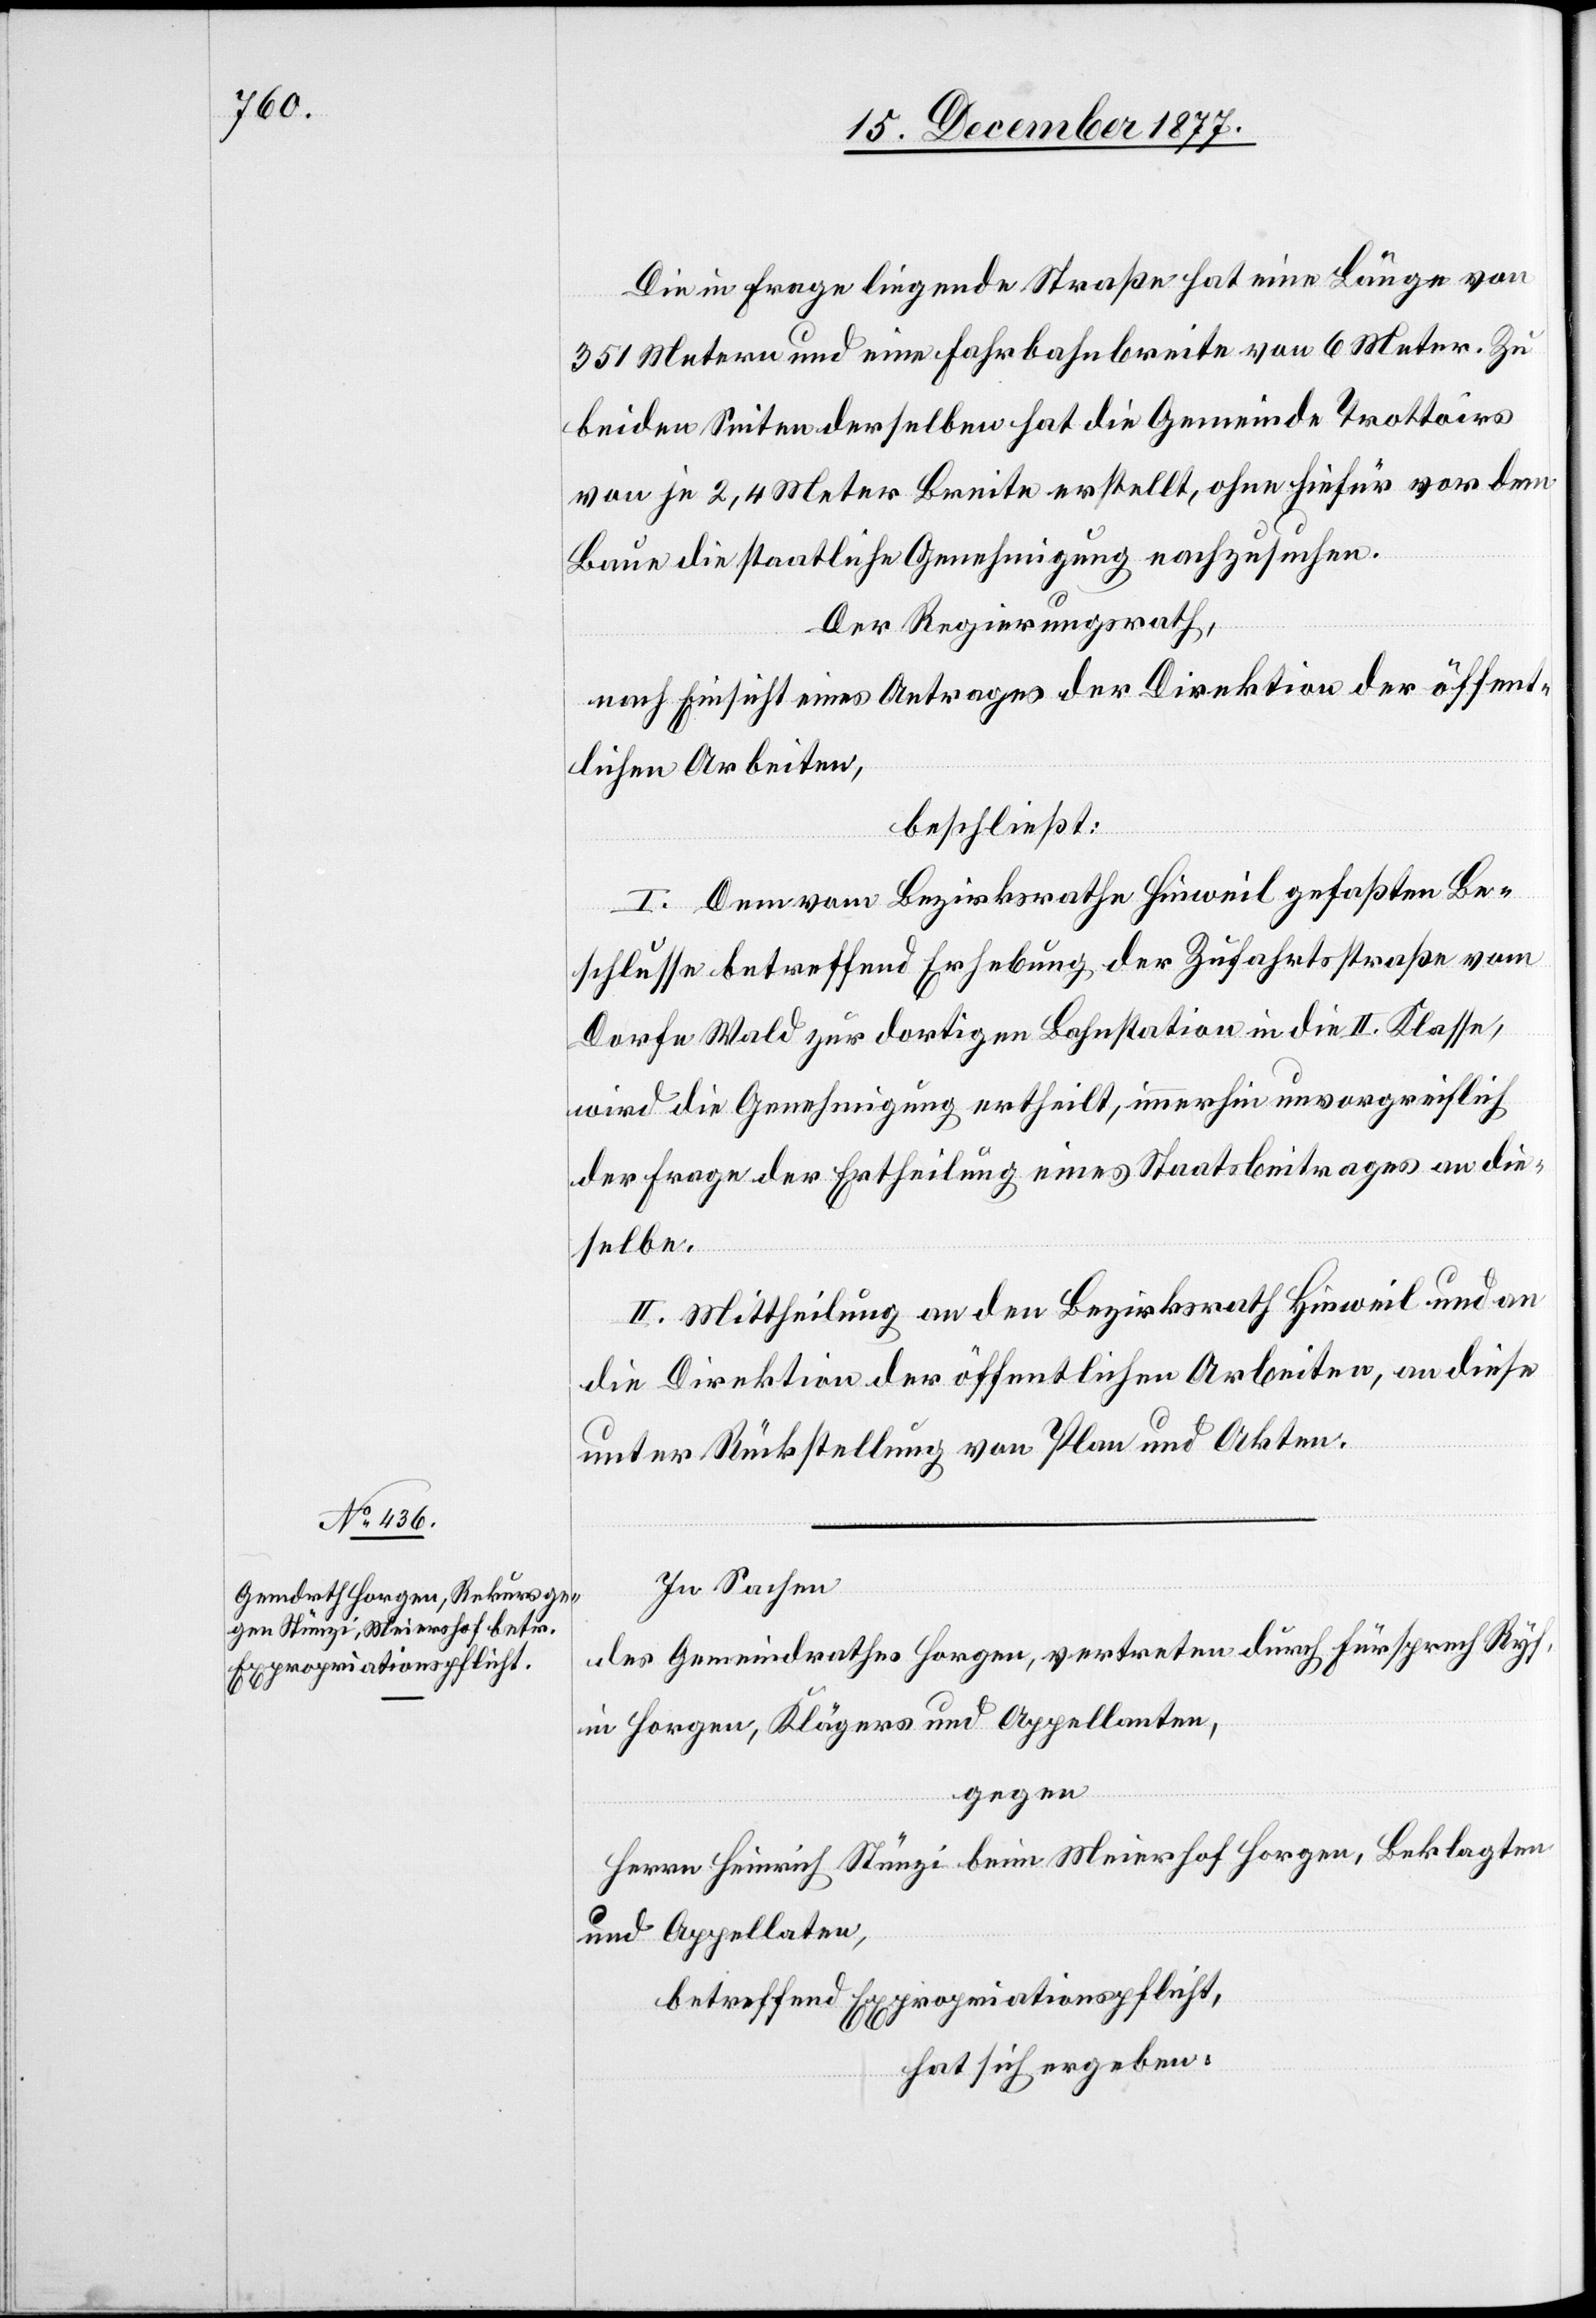
Die in Frage liegende Straße hat eine Länge von
351 Metern und eine Fahrbahnbreite von 6 Meter. Zu
beiden Seiten derselben hat die Gemeinde Trottoirs
von je 2,4 Meter Breite erstellt, ohne hiefür vor dem
Baue die staatliche Genehmigung nachzusuchen.
Der Regierungsrath,
nach Einsicht eines Antrages der Direktion der öffent¬
lichen Arbeiten,
beschließt:
I. Dem vom Bezirksrathe Hinweil gefaßten Be¬
schlusse betreffend Erhebung der Zufahrtsstraße vom
Dorfe Wald zur dortigen Bahnstation in die II. Klasse,
wird die Genehmigung ertheilt, immerhin unvorgreiflich
der Frage der Ertheilung eines Staatsbeitrages an die¬
selbe.
II. Mittheilung an den Bezirksrath Hinweil und an
die Direktion der öffentlichen Arbeiten, an diese
unter Rückstellung von Plan und Akten.
In Sachen
des Gemeindrathes Horgen, vertreten durch Fürsprech Ryf,
in Horgen, Klägers und Appellanten,
gegen
Herrn Heinrich Stünzi beim Meierhof Horgen, Beklagten
und Appellaten,
betreffend Expropriationspflicht,
hat sich ergeben: